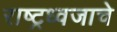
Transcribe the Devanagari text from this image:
राष्ट्रध्वजाचे